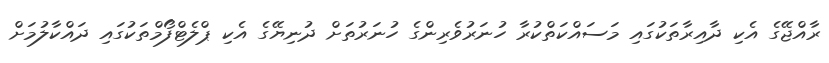
ރާއްޖޭގެ އެކި ދާއިރާތަކުގައި މަސައްކަތްކުރާ ހުނަރުވެރިންގެ ހުނަރުތަށް ދުނިޔޭގެ އެކި ޕްލެޓްފޯމްތަކުގައި ދައްކާލުމަށް